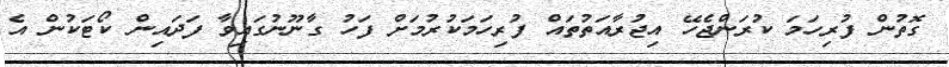
ގޮތުން ފުރިހަމަ ކުރަންޖެހޭ އިޖުރާއަތުތައް ފުރިހަމަކުރުމަށް ފަހު ގާނޫނުގައިވާ ފަދައިން ކޯޓަކުން އެ